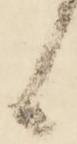
候